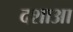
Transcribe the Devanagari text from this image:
दशाआ